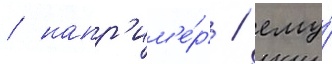
/ напр'им'е́р / ему́